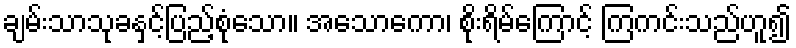
ချမ်းသာသုခနှင့်ပြည့်စုံသော။ အသောကော၊ စိုးရိမ်ကြောင့် ကြကင်းသည်ဟူ၍